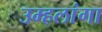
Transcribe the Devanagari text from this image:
उम्हलांगा